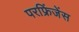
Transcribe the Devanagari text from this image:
परफ्रिंजेंस